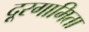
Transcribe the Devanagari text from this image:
दूरगामिता